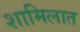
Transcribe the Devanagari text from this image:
शामिलात